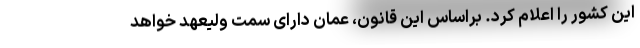
این کشور را اعلام کرد. براساس این قانون، عمان دارای سمت ولیعهد خواهد